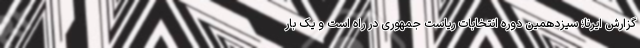
گزارش ایرنا؛ سیزدهمین دوره انتخابات ریاست جمهوری در راه است و یک بار